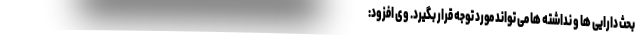
بحث دارایی ها و نداشته ها می تواند مورد توجه قرار بگیرد. وی افزود: